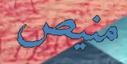
منيص